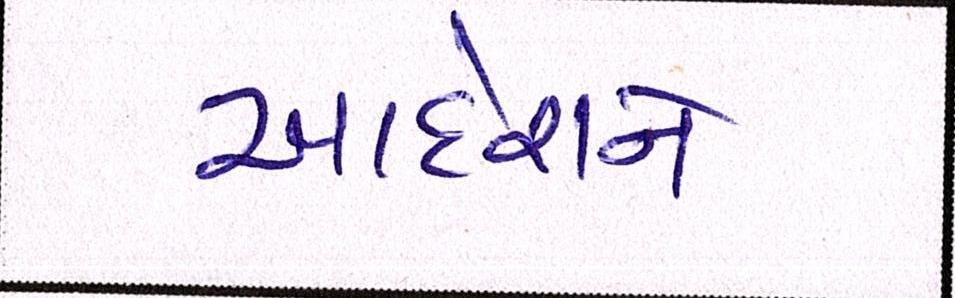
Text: આદેશને